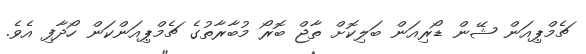
ޗެމްޕިއަން ޝޭން ޑޯރިއަން ބަލިކޮށް ތާޖް ބޮރޯ މުބާރާތުގެ ޗެމްޕިއަންކަން ހޯދާފި އެވެ.